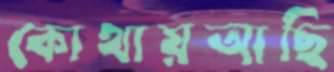
কোথায়আছি